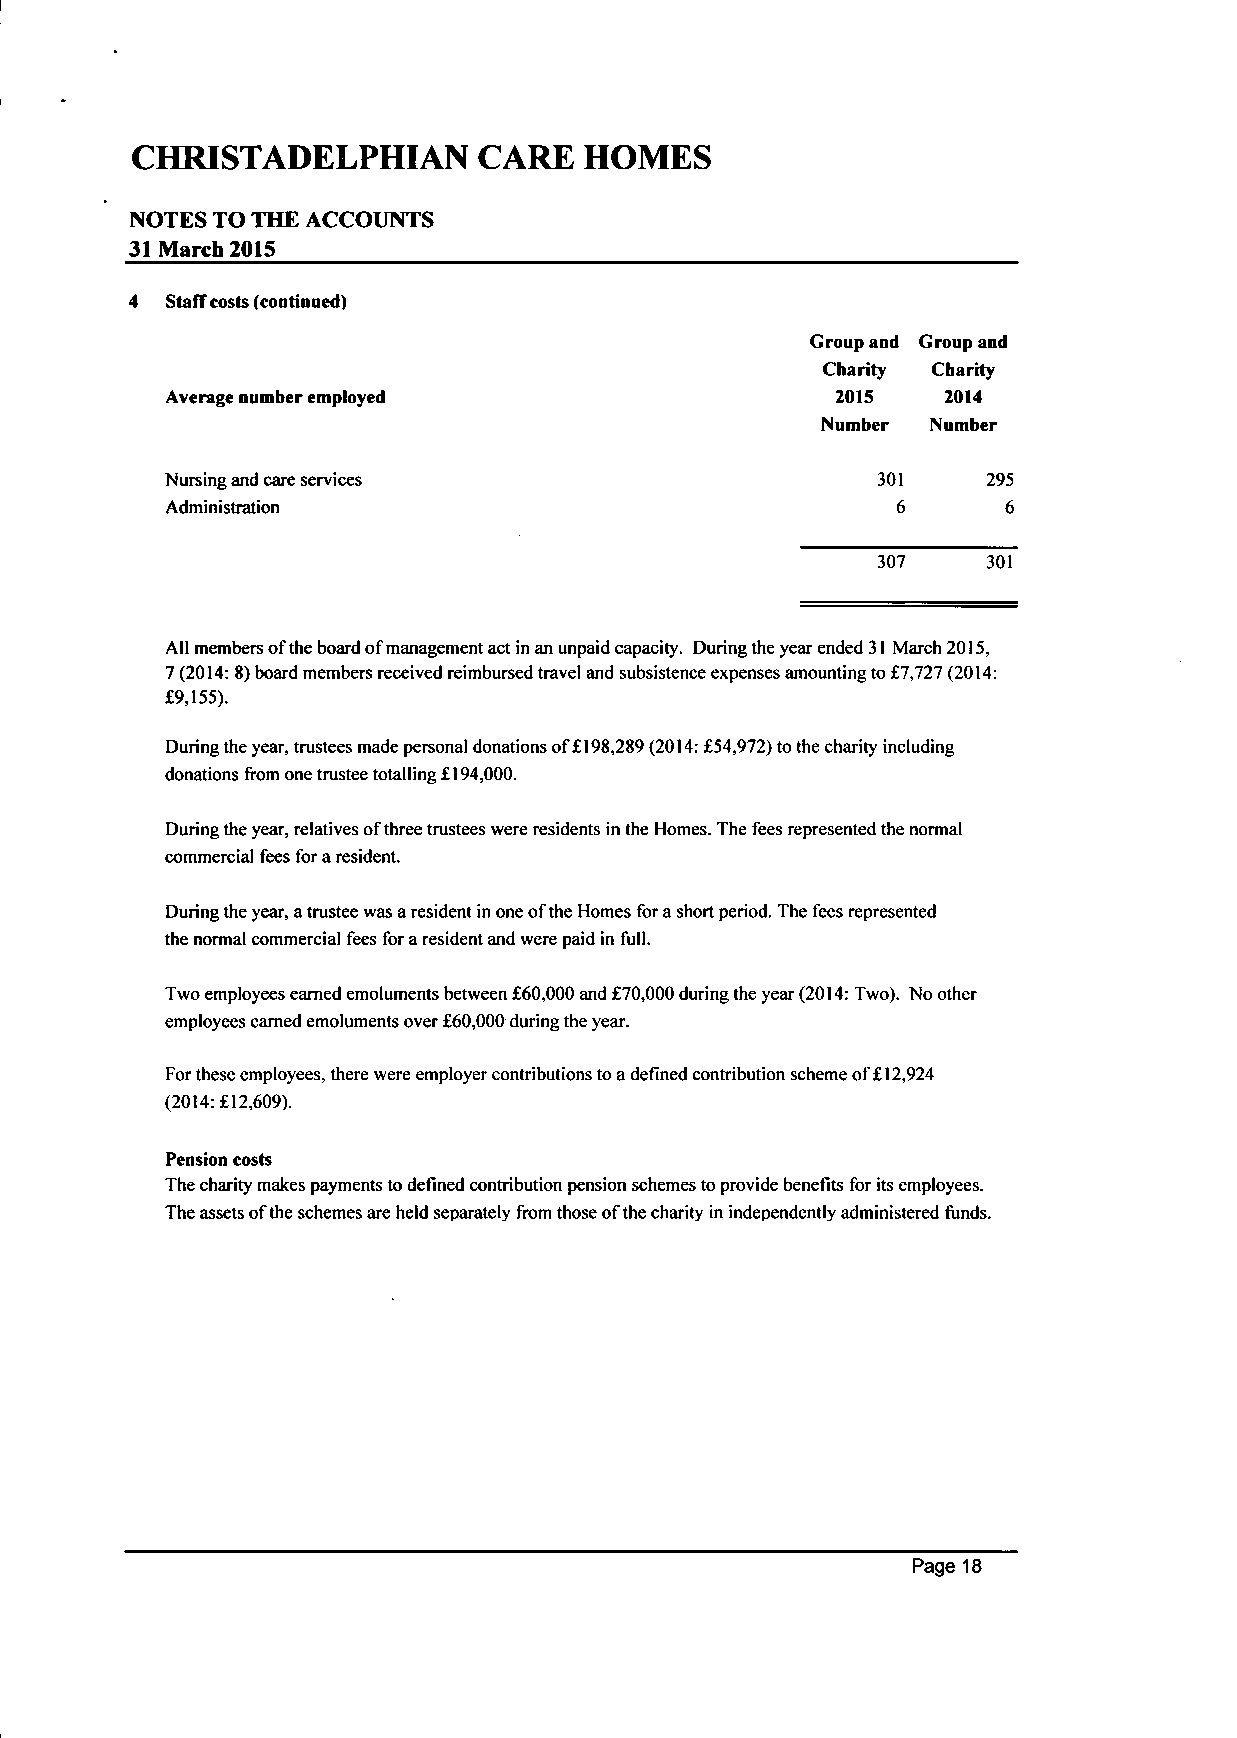
CHRISTADELPHIAN        CARE  HOMES
 NOTES TO THE ACCOUNTS
 31 IVIarch 2015
 4 Staff costs (continued)
 Group and Group and
 Charity Charity
 Average nuniber employed                    2015   2014
 Number  Number
 Nursing and care services                      301    295
 Administration                                  6       6
 307    301
 All members of the board of management act in an unpaid capacity. During the year ended 31 March 2015,
 7 (2014: 8) board members received reimbursed travel and subsistence expenses amounting to £7,727 (2014:
 £9,155).
 During the year, trustees made personal donations of £198,289 (2014: £54,972) to the charity including
 donations from one trustee totalling £194,000.
 During the year, relatives of three trustees were residents in the Homes. The fees represented the normal
 commercial fees for a resident.
 During the year, a trustee was a resident in one of the Homes for a short period. The fees represented
 the normal commercial fees for a resident and were paid in full.
 Two employees earned emoluments between £60,000 and £70,000 during the year (2014: Two). No other
 employees earned emoluments over £60,000 during the year.
 For these employees, there were employer contributions to a defined contribution scheme of £12,924
 (2014: £12,609).
 Pension costs
 The charity makes payments to defined contribution pension schemes to provide benefits for its employees.
 The assets of the schemes are held separately from those of the charity in independently administered funds.
 Page 18